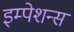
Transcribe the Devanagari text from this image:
इम्पेशन्स